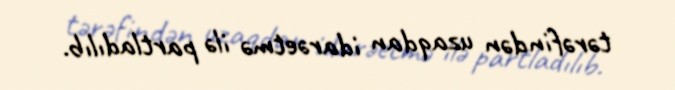
tərəfindən uzaqdan idarəetmə ilə partladılıb.